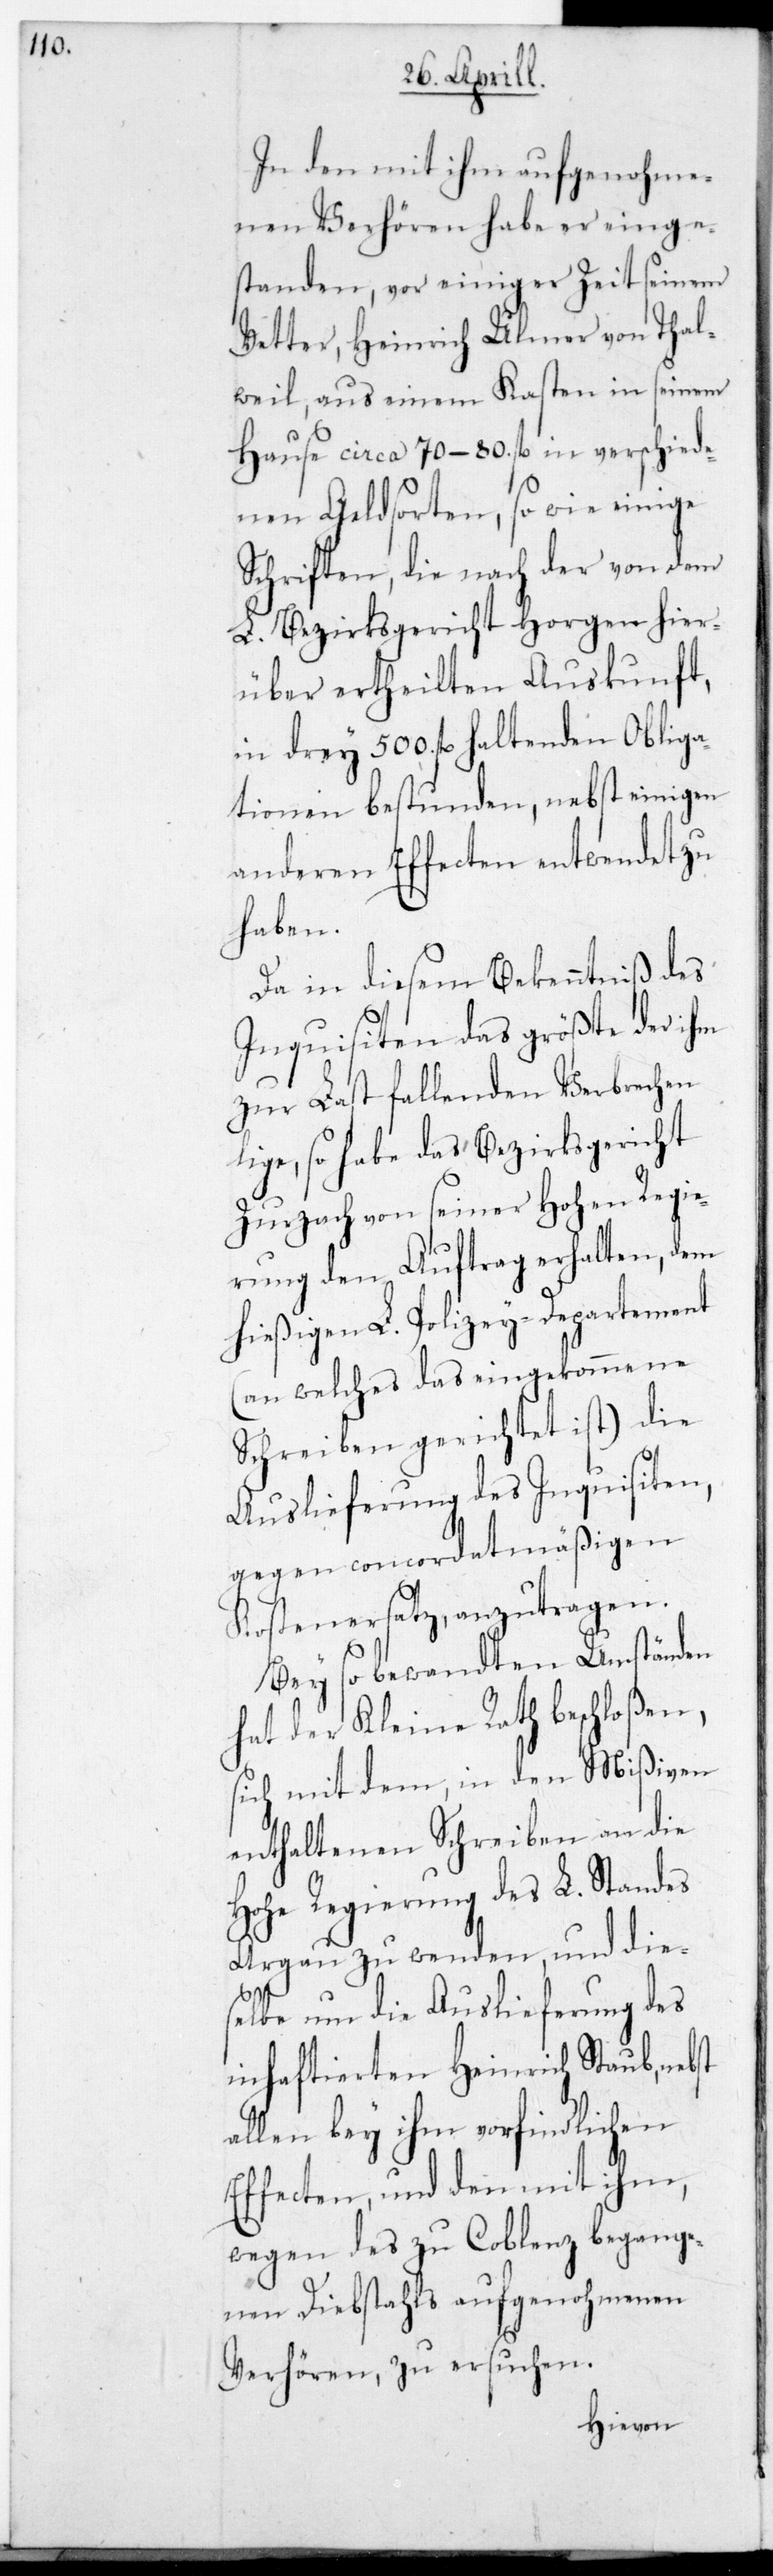
In den mit ihm aufgenohme¬
nen Verhören habe er einge¬
standen, vor einiger Zeit seinem
Vetter, Heinrich Ulmer von Thal¬
weil, aus einem Kasten in seinem
Hause circa 70-80. fl. in verschiede¬
nen Geldsorten, sowie einige
Schriften, die nach der von dem
L. Bezirksgericht Horgen hier¬
über ertheilten Auskunft,
in drey 500. fl. haltenden Obliga¬
tionen bestunden, nebst einigen
anderen Effecten entwendet zu
haben.
Da in diesem Bekenntniß des
Inquisiten das größte der ihm
zur Last fallenden Verbrechen
liege, so habe das Bezirksgericht
Zurzach von seiner Hohen Regie¬
rung den Auftrag erhalten, dem
hießigen L. Polizeydepartement
(an welches das eingekommene
Schreiben gerichtet ist) die
Auslieferung des Inquisiten,
gegen concordatmäßigen
Kostenersatz anzutragen.
Bey so bewandten Umständen
hat der Kleine Rath beschloßen,
sich mit dem, in den Mißiven
enthaltenen Schreiben an die
Hohe Regierung des L. Standes
Argau zu wenden, und die¬
selbe um die Auslieferung des
inhaftierten Heinrich Staub, nebst
allen bey ihm vorfindlichen
Effecten, und den mit ihm,
wegen des zu Coblenz begange¬
nen Diebstahls aufgenohmenen
Verhören, zu ersuchen.